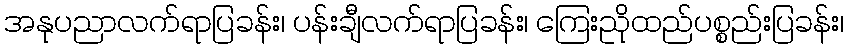
အနုပညာလက်ရာပြခန်း၊ ပန်းချီလက်ရာပြခန်း၊ ကြေးညိုထည်ပစ္စည်းပြခန်း၊